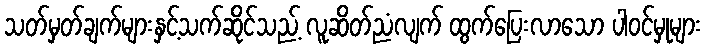
သတ်မှတ်ချက်များနှင့်သက်ဆိုင်သည့် လူဆိတ်ညံလျက် ထွက်ပြေးလာသော ပါဝင်မှုများ